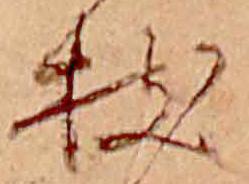
枝